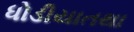
ધોડીયાતથા